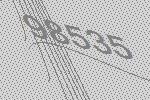
98535